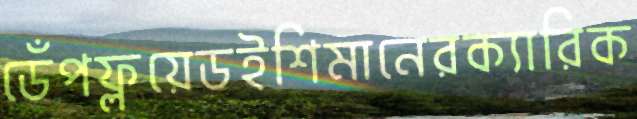
ডেঁপফ্লয়েডইশিমানেরক্যারিক